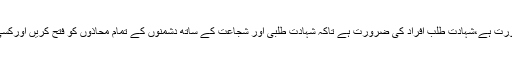
پس فورس کی ضرورت ہے،شہادت طلب افراد کی ضرورت ہے تاکہ شہادت طلبی اور شجاعت کے ساتھ دشمنوں کے تمام محاذوں کو فتح کریں اورکسی چیز سے نہ ڈریں۔